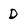
Character: D